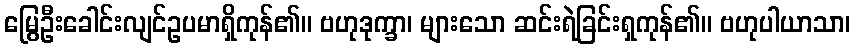
မြွေဦးခေါင်းလျင်ဥပမာရှိကုန်၏။ ဗဟုဒုက္ခာ၊ များသော ဆင်းရဲခြင်းရှကုန်၏။ ဗဟုပါယာသာ၊